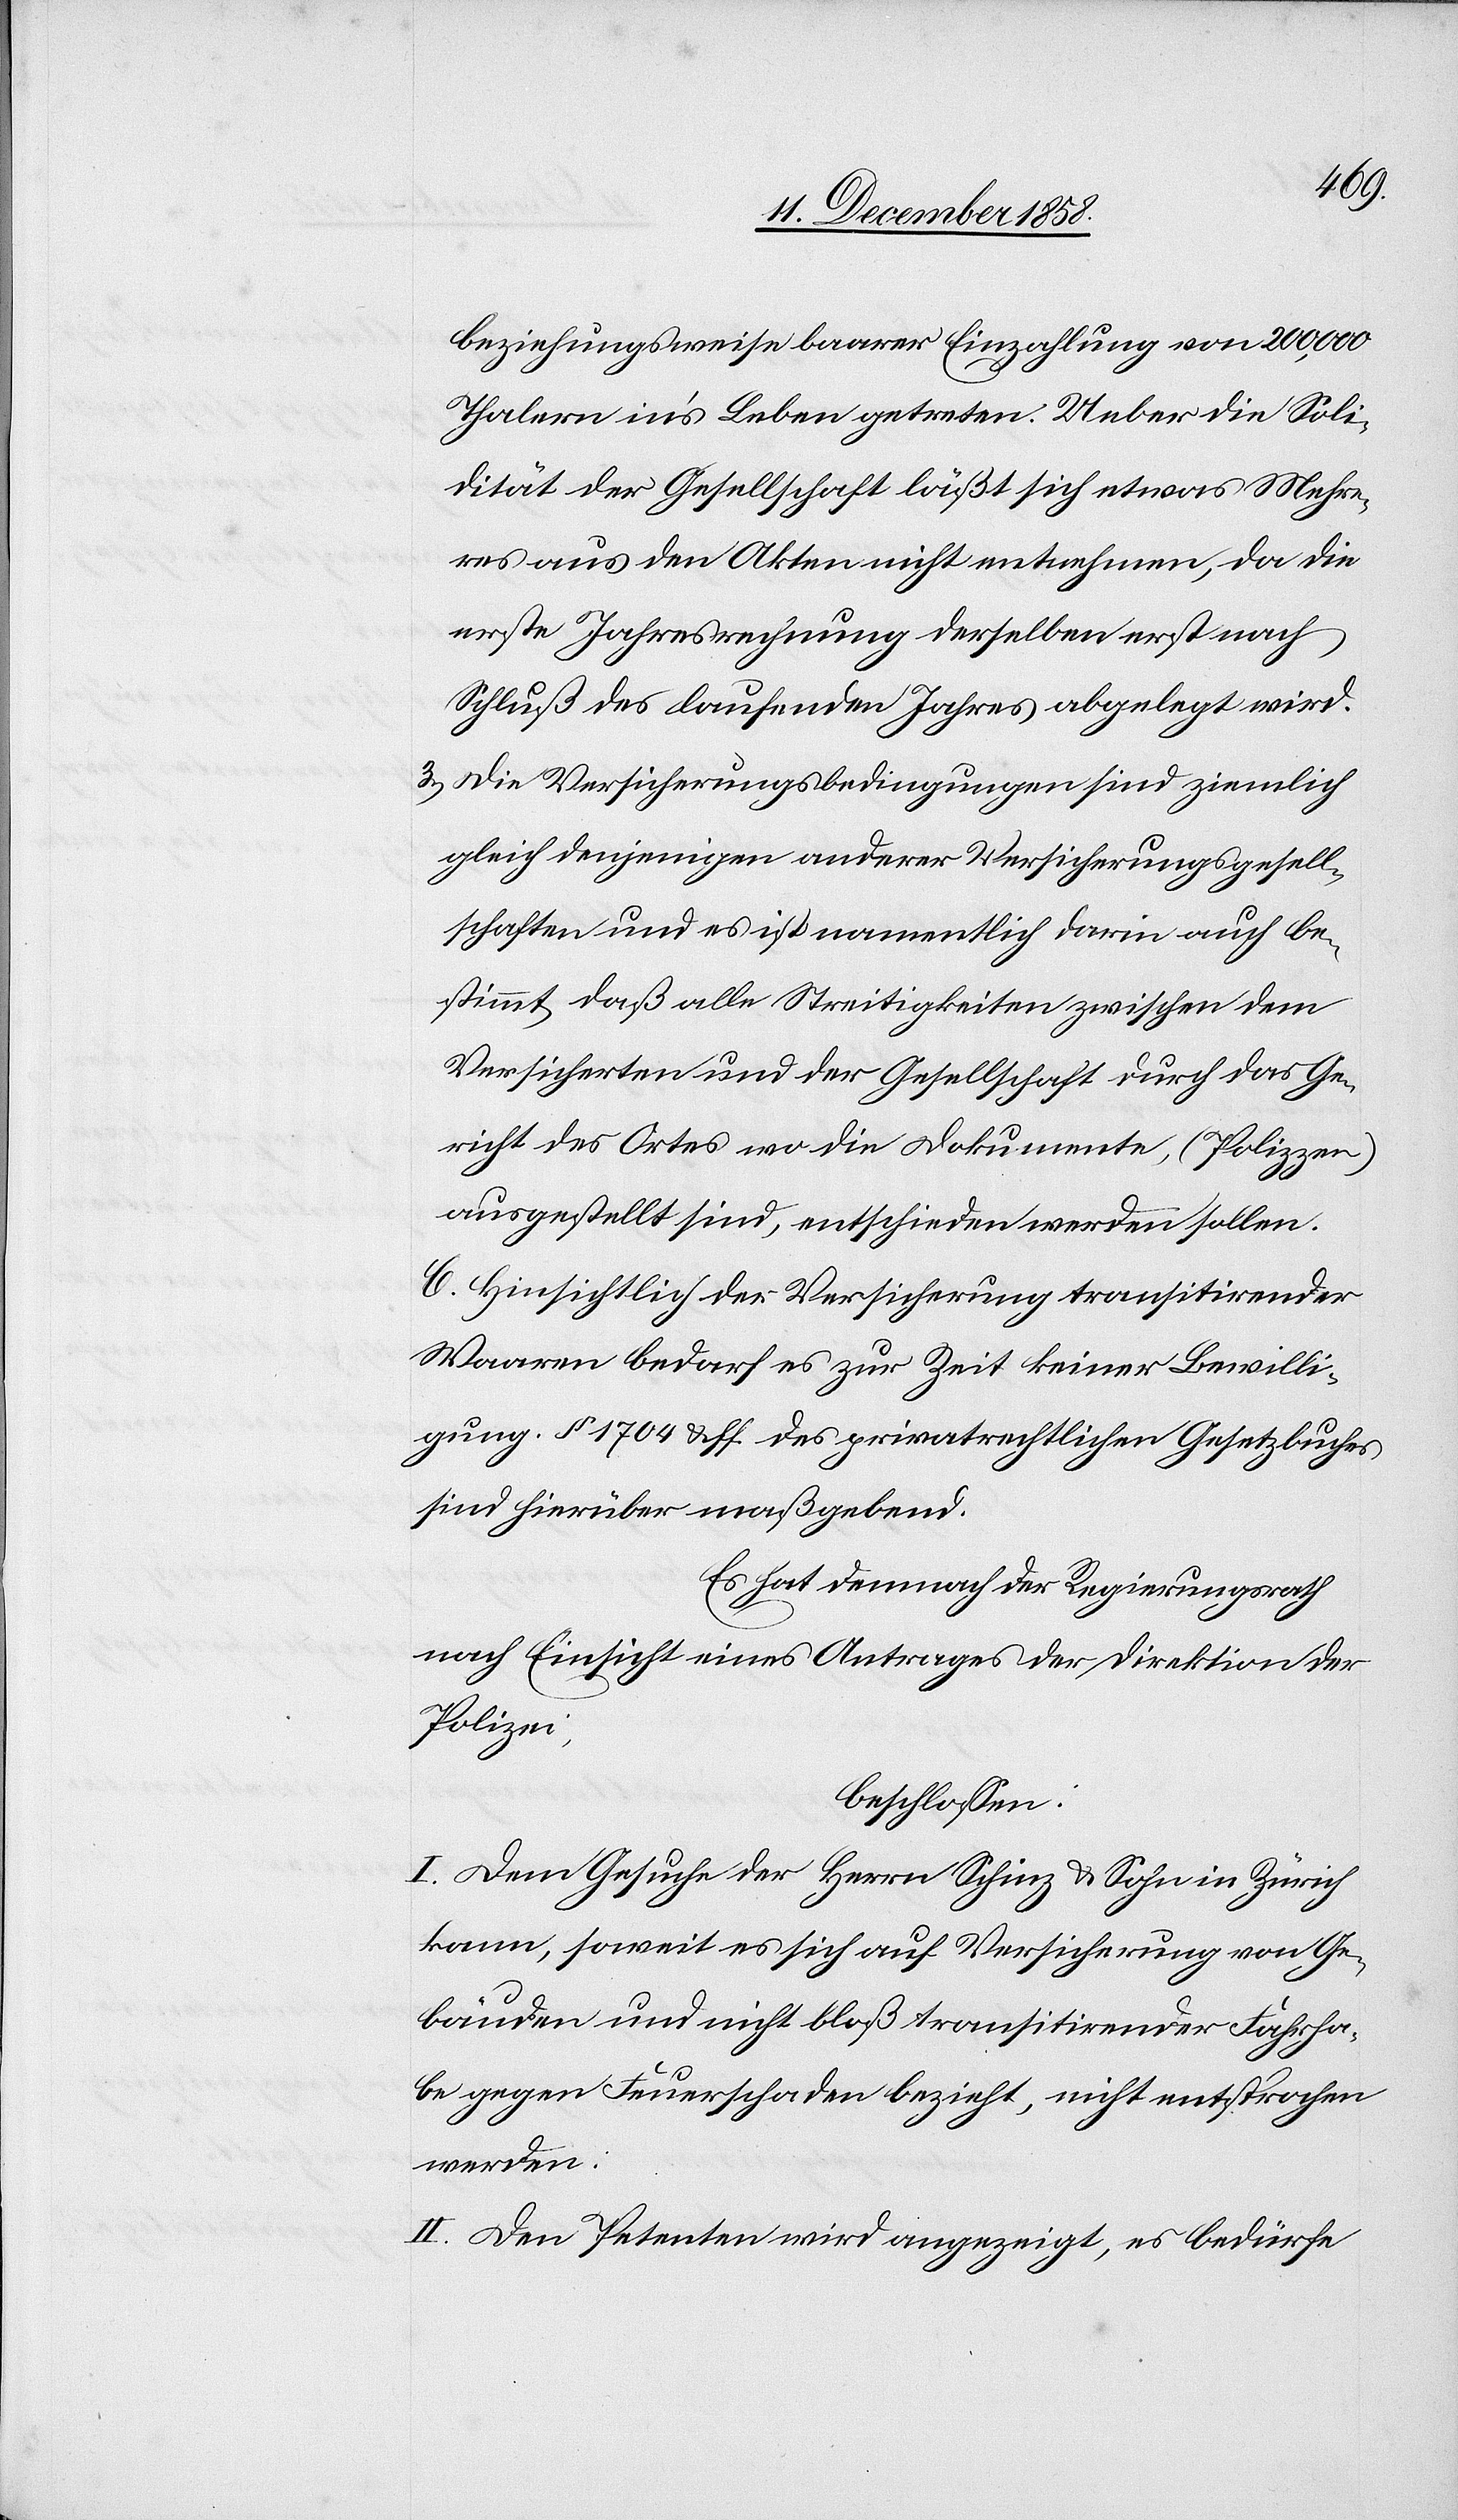
beziehungsweise baarer Einzahlung von 200,000
Thalern in’s Leben getreten. Ueber die Soli¬
dität der Gesellschaft läßt sich etwas Mehre¬
res aus den Akten nicht entnehmen, da die
erste Jahresrechnung derselben erst nach
Schluß des laufenden Jahres abgelegt wird.
Die Versicherungsbedingungen sind ziemlich
gleich denjenigen anderer Versicherungsgesell¬
schaften und es ist namentlich darin auch be¬
stimmt, daß alle Streitigkeiten zwischen dem
Versicherten und der Gesellschaft durch das Ge¬
richt des Ortes wo die Dokumente, (Polizzen)
ausgestellt sind, entschieden werden sollen.
C. Hinsichtlich der Versicherung transitirender
Waaren bedarf es zur Zeit keiner Bewilli¬
gung. § 1704 & ff. des privatrechtlichen Gesetzbuches
sind hierüber maßgebend.
Es hat demnach der Regierungsrath
nach Einsicht eines Antrages der Direktion der
Polizei,
beschlossen:
I. Dem Gesuche der Herrn Schinz & Sohn in Zürich
kann, soweit es sich auf Versicherung von Ge¬
bäuden und nicht bloß transitirender Fahrha¬
be gegen Feuerschaden bezieht, nicht entsprochen
werden.
II. Den Petenten wird angezeigt, es bedürfe